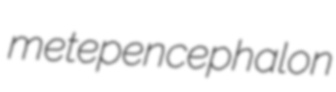
metepencephalon